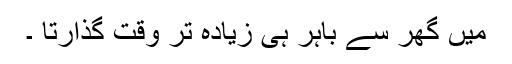
میں گھر سے باہر ہی زیادہ تر وقت گذارتا ۔